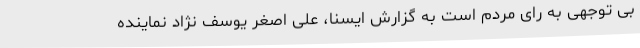
بی توجهی به رای مردم است به گزارش ایسنا، علی اصغر یوسف نژاد نماینده